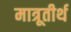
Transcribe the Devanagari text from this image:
मात्रूतीर्थ